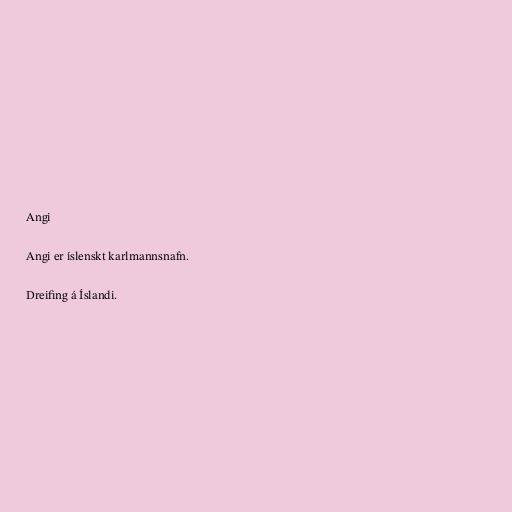
Angi

Angi er íslenskt karlmannsnafn.

Dreifing á Íslandi.